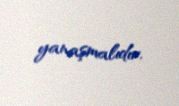
yanaşmalıdır.